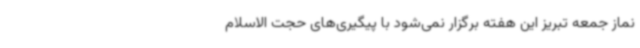
نماز جمعه تبریز این هفته برگزار نمی‌شود با پیگیری‌های حجت الاسلام